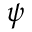
\psi